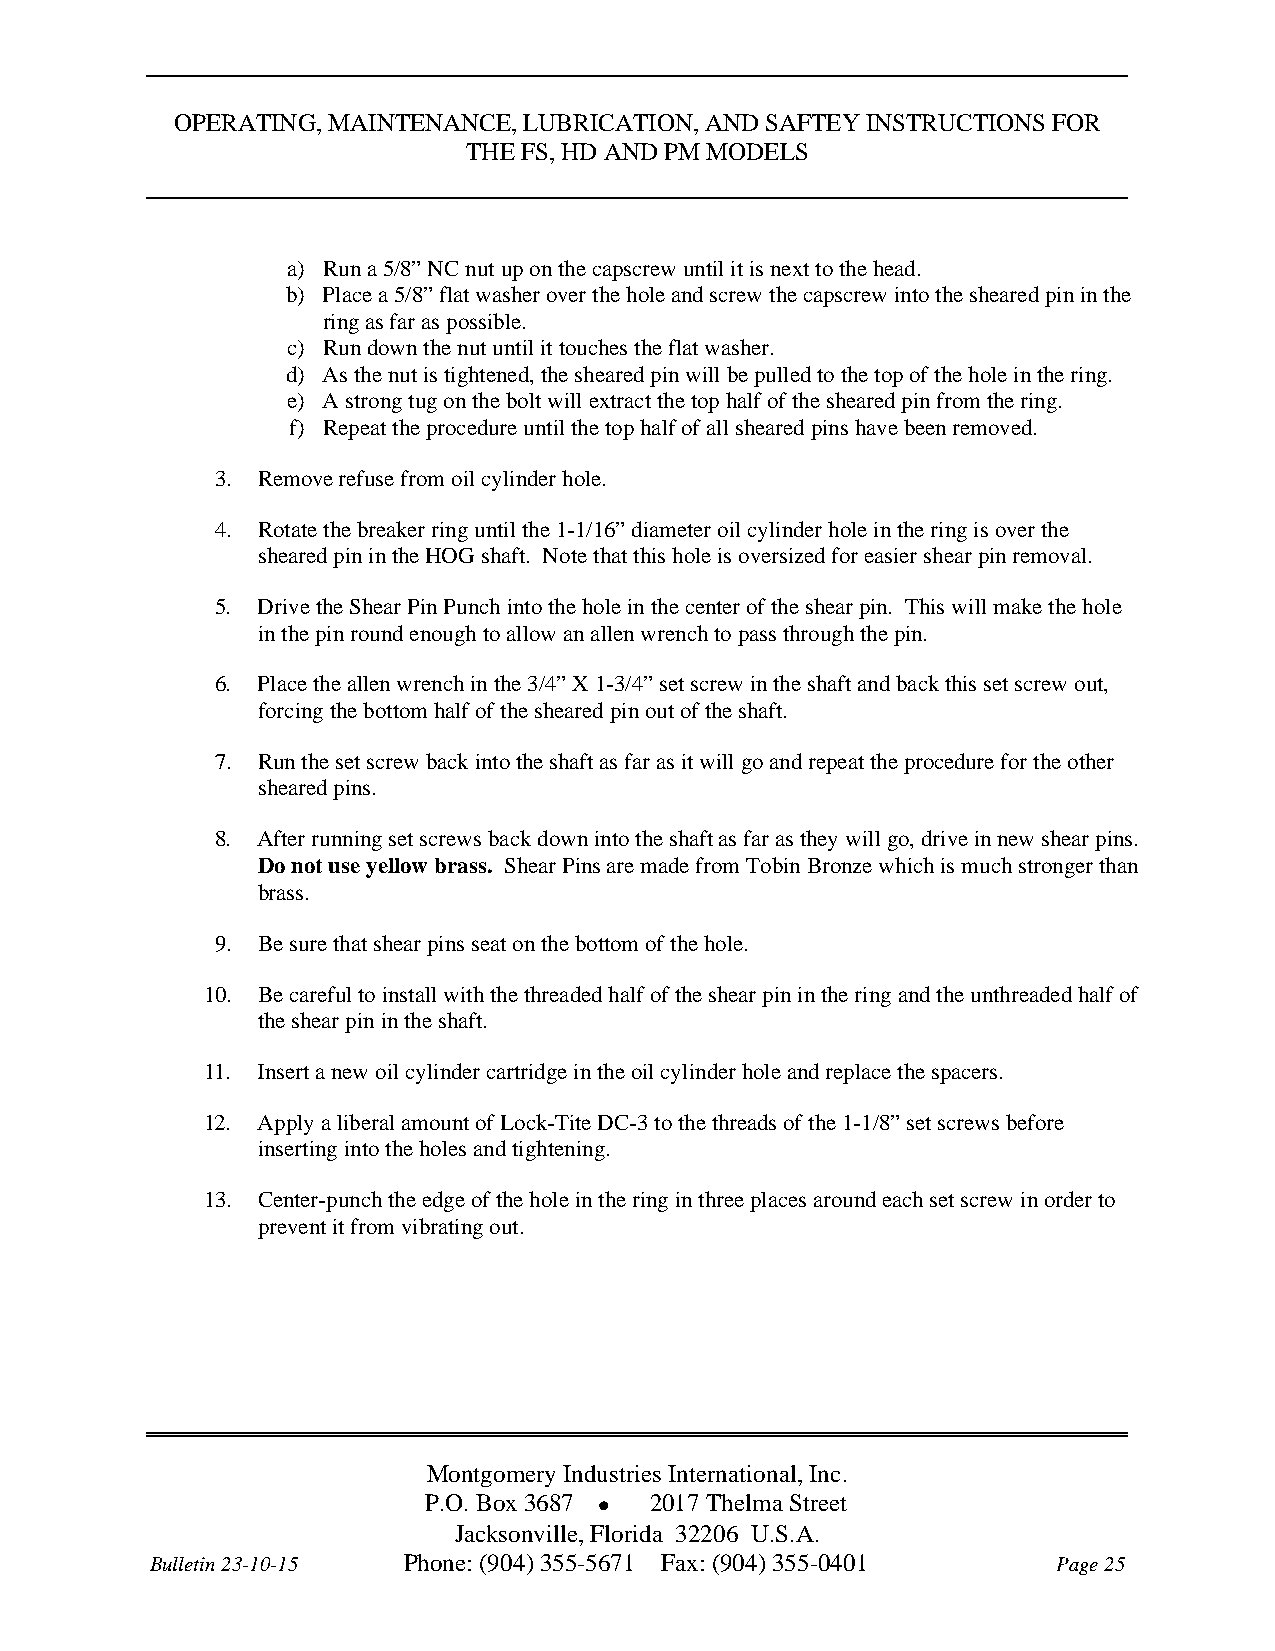
OPERATING, MAINTENANCE, LUBRICATION, AND SAFTEY INSTRUCTIONS FOR
 THE FS, HD AND PM MODELS
 a) Run a 5/8” NC nut up on the capscrew until it is next to the head.
 b) Place a 5/8” flat washer over the hole and screw the capscrew into the sheared pin in the
 ring as far as possible.
 c) Run down the nut until it touches the flat washer.
 d) As the nut is tightened, the sheared pin will be pulled to the top of the hole in the ring.
 e) A strong tug on the bolt will extract the top half of the sheared pin from the ring.
 f) Repeat the procedure until the top half of all sheared pins have been removed.
 3. Remove refuse from oil cylinder hole.
 4. Rotate the breaker ring until the 1-1/16” diameter oil cylinder hole in the ring is over the
 sheared pin in the HOG shaft. Note that this hole is oversized for easier shear pin removal.
 5. Drive the Shear Pin Punch into the hole in the center of the shear pin. This will make the hole
 in the pin round enough to allow an allen wrench to pass through the pin.
 6. Place the allen wrench in the 3/4” X 1-3/4” set screw in the shaft and back this set screw out,
 forcing the bottom half of the sheared pin out of the shaft.
 7. Run the set screw back into the shaft as far as it will go and repeat the procedure for the other
 sheared pins.
 8. After running set screws back down into the shaft as far as they will go, drive in new shear pins.
 Do not use yellow brass. Shear Pins are made from Tobin Bronze which is much stronger than
 brass.
 9. Be sure that shear pins seat on the bottom of the hole.
 10. Be careful to install with the threaded half of the shear pin in the ring and the unthreaded half of
 the shear pin in the shaft.
 11. Insert a new oil cylinder cartridge in the oil cylinder hole and replace the spacers.
 12. Apply a liberal amount of Lock-Tite DC-3 to the threads of the 1-1/8” set screws before
 inserting into the holes and tightening.
 13. Center-punch the edge of the hole in the ring in three places around each set screw in order to
 prevent it from vibrating out.
 Montgomery Industries International, Inc.
 P.O. Box 3687  2017 Thelma Street
 Jacksonville, Florida 32206 U.S.A.
 Bulletin 23-10-15 Phone: (904) 355-5671 Fax: (904) 355-0401 Page 25